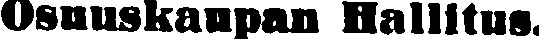
Osuuskaupan Hallitus.